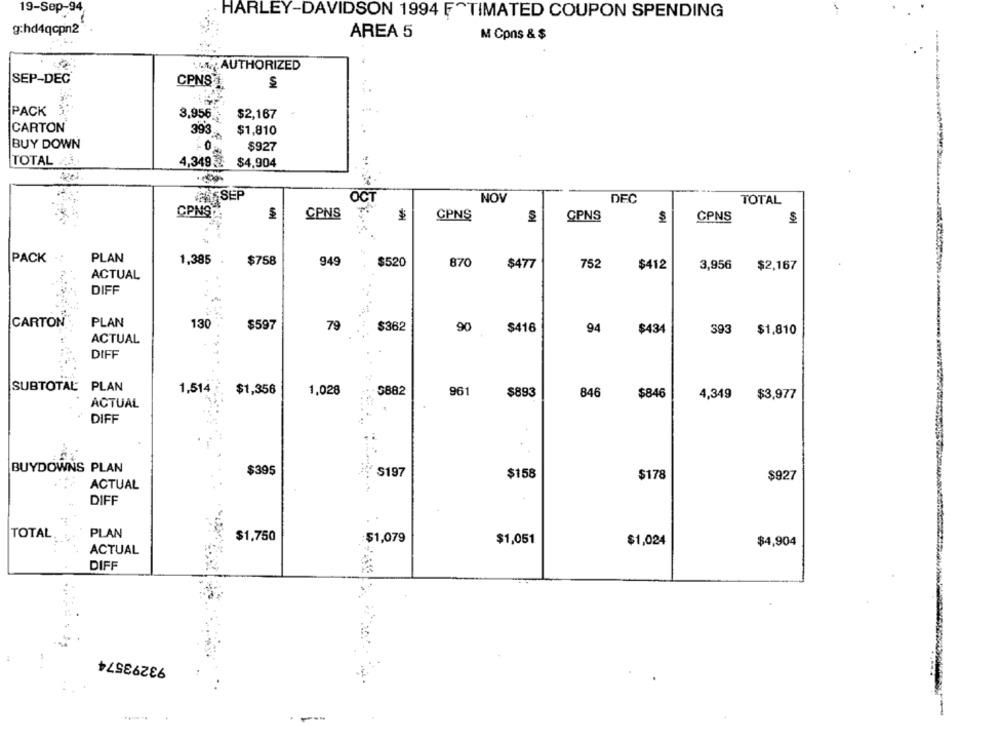
19-Sep-94
HARLEY-DAVIDSON 1994 F~TIMATED COUPON SPENDING
g:hd4qcpn2
AREA 5
M Cons & $
14AAUTHORIZED
SEP-DEC
CPNS 1
PACK
3,956
$2,167
CARTON
393
$1,810
. .
BUY DOWN
0
$927
TOTAL
4,349
$4.904
SEP
OCT
NOV
DEC
TOTAL
CPNSX
CPNS
CPNS
CPNS
$
CPNS
$
PACK
PLAN
$758
1,385 .
949
$520
870
$477
752
$412
3,956
$2,167
ACTUAL
DIFF
CARTON
PLAN
130
$597
79
90
$362
$416
94
$434
393
$1,810
ACTUAL
DIFF
SUBTOTAL
PLAN
1,514
$1,356
1,028
3882
961
$893
846
$846
4,349
$3,977
ACTUAL
DIFF
BUYDOWNS PLAN
$395
S197
$158
$178
$927
ACTUAL
DIFF
TOTAL.
PLAN
$1,750
$1,079
$1,051
$1,024
ACTUAL
$4,904
DIFF
93293574